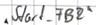
Text: "Start_FB2"